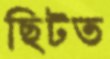
ছিটত